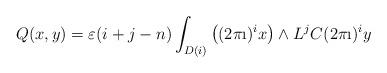
LaTeX: \begin{align*} Q(x, y)=\varepsilon(i+j-n)\int_{D(i)}\big{(}(2\pi \i)^ix\big{)}\wedge L^j C(2\pi\i)^i y \end{align*}